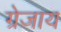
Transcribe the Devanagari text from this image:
ग्रेजाय